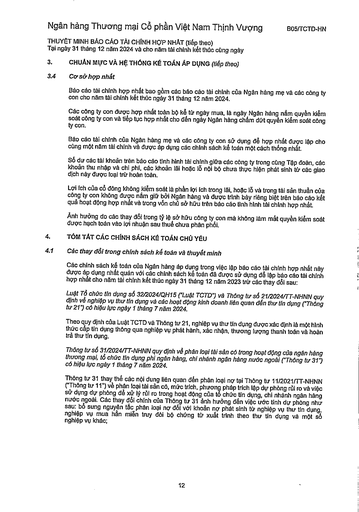
|3.|CHUẨN MỰC VÀ HỆ THỐNG KẾ TOÁN ÁP DỤNG (tiếp theo)| |---|---| |3.4|Cơ sở hợp nhất| ||Báo cáo tài chính hợp nhất bao gồm các báo cáo tài chính của Ngân hàng mẹ và các công ty con cho năm tài chính kết thúc ngày 31 tháng 12 năm 2024.| ||Các công ty con được hợp nhất toàn bộ kể từ ngày mua, là ngày Ngân hàng nắm quyền kiểm soát công ty con và tiếp tục hợp nhất cho đến ngày Ngân hàng chấm dứt quyền kiểm soát công ty con.| ||Báo cáo tài chính của Ngân hàng mẹ và các công ty con sử dụng để hợp nhất được lập cho cùng một năm tài chính và được áp dụng các chính sách kế toán một cách thống nhất.| ||Số dư các tài khoản trên báo cáo tình hình tài chính giữa các công ty trong cùng Tập đoàn, các khoản thu nhập và chi phí, các khoản lãi hoặc lỗ nội bộ chưa thực hiện phát sinh từ các giao dịch này được loại trừ hoàn toàn.| ||Lợi ích của cổ đông không kiểm soát là phần lợi ích trong lãi, hoặc lỗ và trong tài sản thuần của công ty con không được nắm giữ bởi Ngân hàng và được trình bày riêng biệt trên báo cáo kết quả hoạt động hợp nhất và trong vốn chủ sở hữu trên báo cáo tình hình tài chính hợp nhất| ||Ảnh hưởng do các thay đổi trong tỷ lệ sở hữu công ty con mà không làm mất quyền kiểm soát được hạch toán vào lợi nhuận sau thuế chưa phân phối.| ||TÓM TẮT CÁC CHÍNH SÁCH KẾ TOÁN CHỦ YẾU| |4.1|Các thay đổi trong chính sách kế toán và thuyết minh Các chính sách kế toán của Ngân hàng áp dụng trong việc lập báo cáo tài chính hợp nhất này được áp dụng nhất quán với các chính sách kế toán đã được sử dụng để lập báo cáo tài chính hợp nhất cho năm tài chính kết thúc ngày 31 tháng 12 năm 2023 trừ các thay đổi sau: Luật Tổ chức tín dụng số 32/2024/QH15 ("Luật TCTD") và Thông tư số 21/2024/TT-NHNN quy định về nghiệp vụ thu tín dụng và các hoạt động kinh doanh liên quan đến thu tín dụng ("Thông tư 21") có hiệu lực ngày 1 tháng 7 năm 2024. Theo quy định của Luật TCTD và Thông tư 21, nghiệp vụ thu tín dụng được xác định là một hình thức cấp tín dụng thông qua nghiệp vụ phát hành, xác nhận, thương lượng thanh toán và hoàn trả thu tín dụng. Thông tư số 31/2024/TT-NHNN quy định về phân loại tài sản có trong hoạt động của ngân hàng thương mại, tổ chức tín dụng phi ngân hàng, chi nhánh ngân hàng nước ngoài ("Thông tư 31") có hiệu lực ngày 1 tháng 7 năm 2024. Thông tư 31 thay thế các nội dung liên quan đến phân loại nợ tại Thông tư 11/2021/TT-NHNN ("Thông tư 11") về phân loại tài sản có, mức trích, phương pháp trích lập dự phòng rủi ro và việc sử dụng dự phòng để xử lý rủi ro trong hoạt động của tổ chức tín dụng, chi nhánh ngân hàng nước ngoài. Các thay đổi chính của Thông tư 31 ảnh hưởng đến việc tính dự phòng như sau: bổ sung nguyên tắc phân loại nợ đối với khoản nợ phát sinh từ nghiệp vụ thu tín dụng, nghiệp vụ mua hàng miễn truy đòi bổ chứng từ xuất trình theo thư tín dụng và một số|